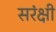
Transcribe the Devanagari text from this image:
सरंक्षी